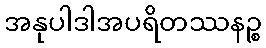
အနုပါဒါအပရိတဿနဉ္စ